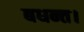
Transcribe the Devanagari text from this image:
बधन्त।